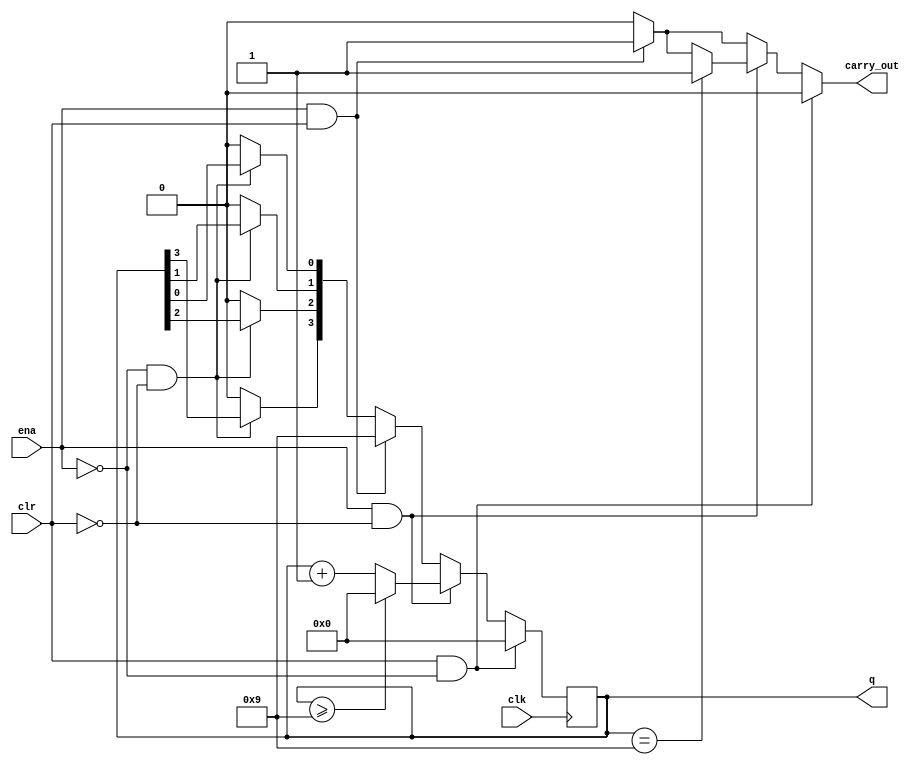
`timescale 1ns / 1ps
//////////////////////////////////////////////////////////////////////////////////
// Company: 
// Engineer: 
// 
// Design Name: 
// Module Name:    counter_0to9 
// Project Name: 
// Target Devices: 
// Tool versions: 
// Description: 
//
// Dependencies: 
//
// Revision: 
// Revision 0.01 - File Created
// Additional Comments: 
//
//////////////////////////////////////////////////////////////////////////////////
module counter_0to9(
    input ena,
    input clr,
    input clk,
    output reg[3:0] q,
    output reg carry_out
);
	 
	 //Declare Next_q reg type
	 reg[3:0] Next_q ;
    
	 
	//Let us do some logic on our input switches
	
	
	always @(posedge clk)
		begin
		q <= Next_q;
		end
		
	
	always @(q or ena or clr)
		begin
			
			Next_q = 4'b0000;
			carry_out = 4'b0;


			// ** HOLD **	
			//Logic when ena and clr are set to 0 to hold current values
			if( (ena == 1'b0) && (clr == 1'b0))
				 begin
					carry_out = 1'b0;	
					Next_q[0] = q[0];
				 	Next_q[1] = q[1];
				 	Next_q[2] = q[2];
				 	Next_q[3] = q[3];
				 end 
				
	

			// ** MAX **	
			//Logic to handle when ena =1 and clr = 1 to get ouput
			//of 9
			
			if ( (ena ==1'b1) && (clr == 1'b1) )
				begin
					carry_out = 1'b1;
					Next_q = 4'b1001;
				end

		

			// ** NEXT COUNT **	
			//Logic when ena = 1 to calculate our next bit
			 
			if ((ena == 1'b1) && (clr == 1'b0))
				begin
						
					Next_q = q + 1;
					
					if ( q == 9) carry_out = 1;
					if ( q >= 9) Next_q = 0;
		
				end // end of if handling the next bit
					
			

			// ** CLEAR **	
			//Logic when clr = 1 and ena = 0 to clear
			if ((clr == 1'b1) && (ena == 1'b0))
				begin
					Next_q = 4'b0000; // set to 0000.
					carry_out = 1'b0;			// set the carry bit to 0.
				end // end if to set Next_1 and carry_out to 0.
	 
		
		end  // End my entire always block




endmodule